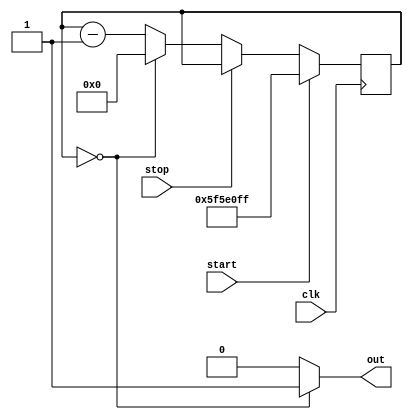

// clock and counter


//count for one second
module counter(clk, start, stop, out);
input clk, start, stop;
output out;
parameter n = 99999999;
reg [31:0] cnt;
wire [31:0]next_cnt;
// 32'd99999999 1sec

always@(posedge clk) begin
    if(start == 1'b1) begin
        cnt <= n;
    end
    else begin
        cnt <= (stop == 1'b0)? next_cnt : cnt;
    end
end
assign next_cnt = (cnt == 32'd0)? 32'd0 : cnt - 32'd1;
assign out = (cnt == 32'd0)? 1'b1 : 1'b0; 

endmodule

// point five sceond counter for light shine
module counter2Hz(clk, rst, out);
input clk, rst;
output out;
reg [30:0] cnt;
wire [30:0]next_cnt;
// 31'd49999999

always@(posedge clk) begin
    if(rst == 1'b1) begin
        cnt <= 31'd0;
    end
    else begin
        cnt <= next_cnt;
    end
end
assign next_cnt = (cnt == 31'd49999999)? 31'd0 : cnt + 31'd1;
assign out = (cnt == 31'd49999999)? 1'b1 : 1'b0; 

endmodule

// counter for ambiant lighting
module counter10Hz(clk, rst, out);
input clk, rst;
output out;
reg [24:0] cnt;
wire [24:0]next_cnt;
// 30'd9999999

always@(posedge clk) begin
    if(rst == 1'b1) begin
        cnt <= 25'd0;
    end
    else begin
        cnt <= next_cnt;
    end
end
assign next_cnt = (cnt == 25'd9999999)? 25'd0 : cnt + 25'd1;
assign out = (cnt == 25'd9999999)? 1'b1 : 1'b0; 

endmodule


// press for 2 second
module long_press(clk, press, out);
input clk, press;
output out;
parameter n = 199999999;
reg [31:0] cnt;
// 32'd199999999 2sec

always@(posedge clk) begin
    if(press == 1'b1) begin
        cnt <= (cnt == 32'd0)? 32'd0 : cnt - 1;
    end
    else begin
        cnt <= n;
    end
end

assign out = (cnt == 32'd0)? 1'b1 : 1'b0; 

endmodule


// one sceond clock
module clock1Hz(clk, rst, nclk);
input clk, rst;
output nclk;
reg [30:0] cnt;
wire [30:0]next_cnt;
// 31'd99999999

always@(posedge clk) begin
    if(rst == 1'b1) begin
        cnt <= 31'd0;
    end
    else begin
        cnt <= next_cnt;
    end
end
assign next_cnt = (cnt == 31'd99999999)? 31'd0 : cnt + 31'd1;
assign nclk = (cnt > 31'd49999999)? 1'b1 : 1'b0; 

endmodule


// clock for debounce
module clock100Hz(clk, rst, nclk);
input clk, rst;
output nclk;
reg [20:0] cnt;
wire [20:0] next_cnt;
// 21'd999999

always@(posedge clk) begin
    if(rst == 1'b1) begin
        cnt <= 21'd0;
    end
    else begin
        cnt <= next_cnt;
    end
end
assign next_cnt = (cnt == 21'd999999)? 21'd0 : cnt + 21'd1;
assign nclk = (cnt > 21'd499999)? 1'b1 : 1'b0;

endmodule


// clock for seven segment
module clk_7seg(clk, rst, nclk);
input clk, rst;
output nclk;
reg [17:0] cnt;
wire [17:0] next_cnt;
// 
always@(posedge clk) begin
    if(rst == 1'b1) begin
        cnt <= 18'd0;
    end
    else begin
        cnt <= next_cnt;
    end
end
assign next_cnt = cnt + 18'd1;
assign nclk = cnt[17];

endmodule


// clock for VGA 
//resolution: 640*480
// count for 500*525*60(fps) = 25M (pixel/sec)
module clock_25MHz(clk, rst, nclk);
input clk, rst;
output nclk;

reg [1:0] num;
wire [1:0] n_num;

always@(posedge clk) begin
    if(rst == 1'b1) begin
        num <= 0;
    end
    else begin
        num <= n_num;
    end
end

assign n_num = num + 1'b1;
assign nclk = num[1];

endmodule